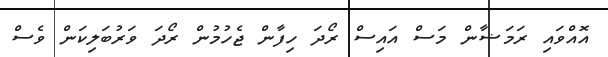
އޮއްވައި ރަމަޟާން މަސް އައިސް ރޯދަ ހިފާން ޖެހުމުން ރޯދަ ވަރުބަލިކަން ވެސް